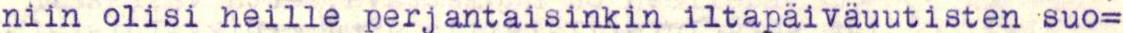
niin olisi heille perjantaisinkin iltapäiväuutisten suo=